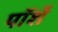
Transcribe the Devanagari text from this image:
पॉर्शे